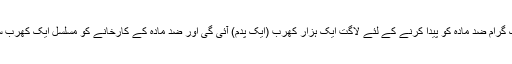
اس شرح سے ایک گرام ضد مادّہ کو پیدا کرنے کے لئے لاگت ایک ہزار کھرب (ایک پدم) آئی گی اور ضد مادّہ کے کارخانے کو مسلسل ایک کھرب سال تک چلنا ہوگا!